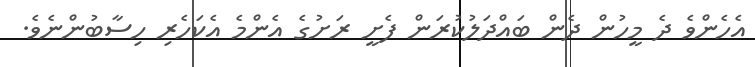
އެހެންވެ ދެ މީހުން ދެން ބައްދަލުކުރަން ފެށީ ރަށުގެ އެންމެ އެކަހެރި ހިސާބުންނެވެ.